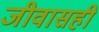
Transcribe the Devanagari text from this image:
जीवासही